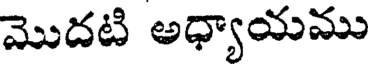
మొదటి అధ్యాయము